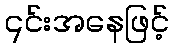
၎င်းအနေဖြင့်